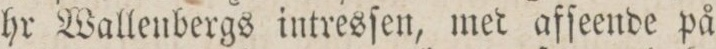
hr Wallenbergs intresſen, med afſeende på